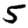
Digit: 5